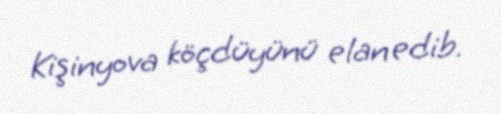
Kişinyova köçdüyünü elan edib.